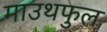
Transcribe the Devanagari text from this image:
माउथफुल